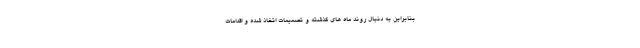
بنابراین به دنبال روند ماه های گذشته و تصمیمات اتخاذ شده و اقدامات